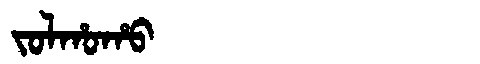
Manchu: ᠵᠣᠯᡥᠣᡥᠣ
Romanization: JOLHOHO